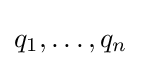
q_{1},\dots ,q_{n}